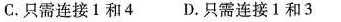
C.只需连接1和4 D.只需连接1和3